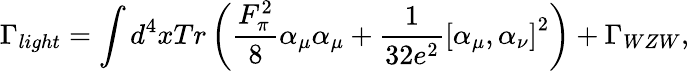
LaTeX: \Gamma_{light}=\int d^{4}xTr\left({\frac{F_{\pi}^{2}}{8}}\alpha_{\mu}\alpha_{\mu}+{\frac{1}{32e^{2}}}\left[\alpha_{\mu},\alpha_{\nu}\right]^{2}\right)+\Gamma_{WZW},